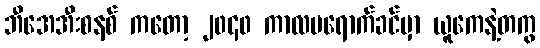
ဘီအေအီးစနစ် ကတော့ ၂၀၄၀ ကာလမရောက်ခင်မှာ ယူကေနဲ့တကွ